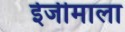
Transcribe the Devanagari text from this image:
ईजीमाला